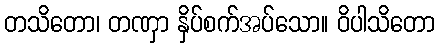
တသိတော၊ တဏှာ နှိပ်စက်အပ်သော။ ဝိပါသိတော